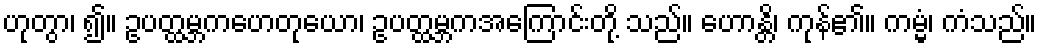
ဟုတွာ၊ ၍။ ဥပတ္ထမ္ဘကဟေတုယော၊ ဥပတ္ထမ္ဘကအကြောင်းတို့ သည်။ ဟောန္တိ၊ ကုန်၏။ ကမ္မံ၊ ကံသည်။